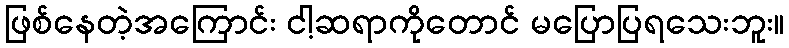
ဖြစ်နေတဲ့အကြောင်း ငါ့ဆရာကိုတောင် မပြောပြရသေးဘူး။